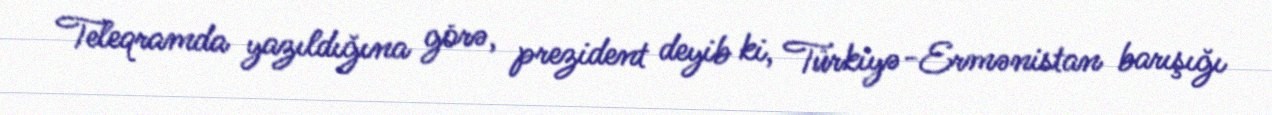
Teleqramda yazıldığına görə, prezident deyib ki, Türkiyə-Ermənistan barışığı